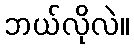
ဘယ်လိုလဲ။